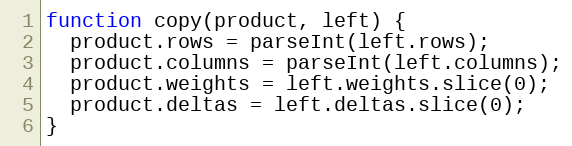
Language: JavaScript
function copy(product, left) {
  product.rows = parseInt(left.rows);
  product.columns = parseInt(left.columns);
  product.weights = left.weights.slice(0);
  product.deltas = left.deltas.slice(0);
}